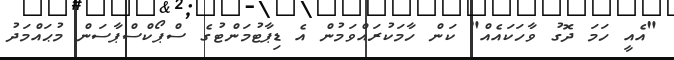
"އެއީ ހަމަ ދޮގު ވާހަކައެއް" ކަން ހާމަކުރައްވަމުން އެ ޑިޕާޓުމަންޓުގެ ސްޕޯކްސްޕާސަން މުޙައްމަދު